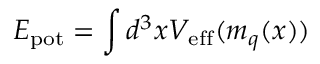
{ \cal E } _ { \mathrm { p o t } } = \int d ^ { 3 } x { \cal V } _ { \mathrm { e f f } } ( m _ { q } ( x ) )